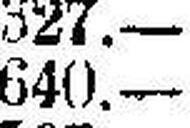
640.—